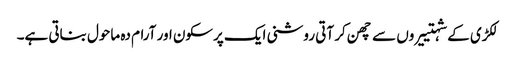
لکڑی کے شہتییروں سے چھن کر آتی روشنی ایک پرسکون اور آرام دہ ماحول بناتی ہے۔